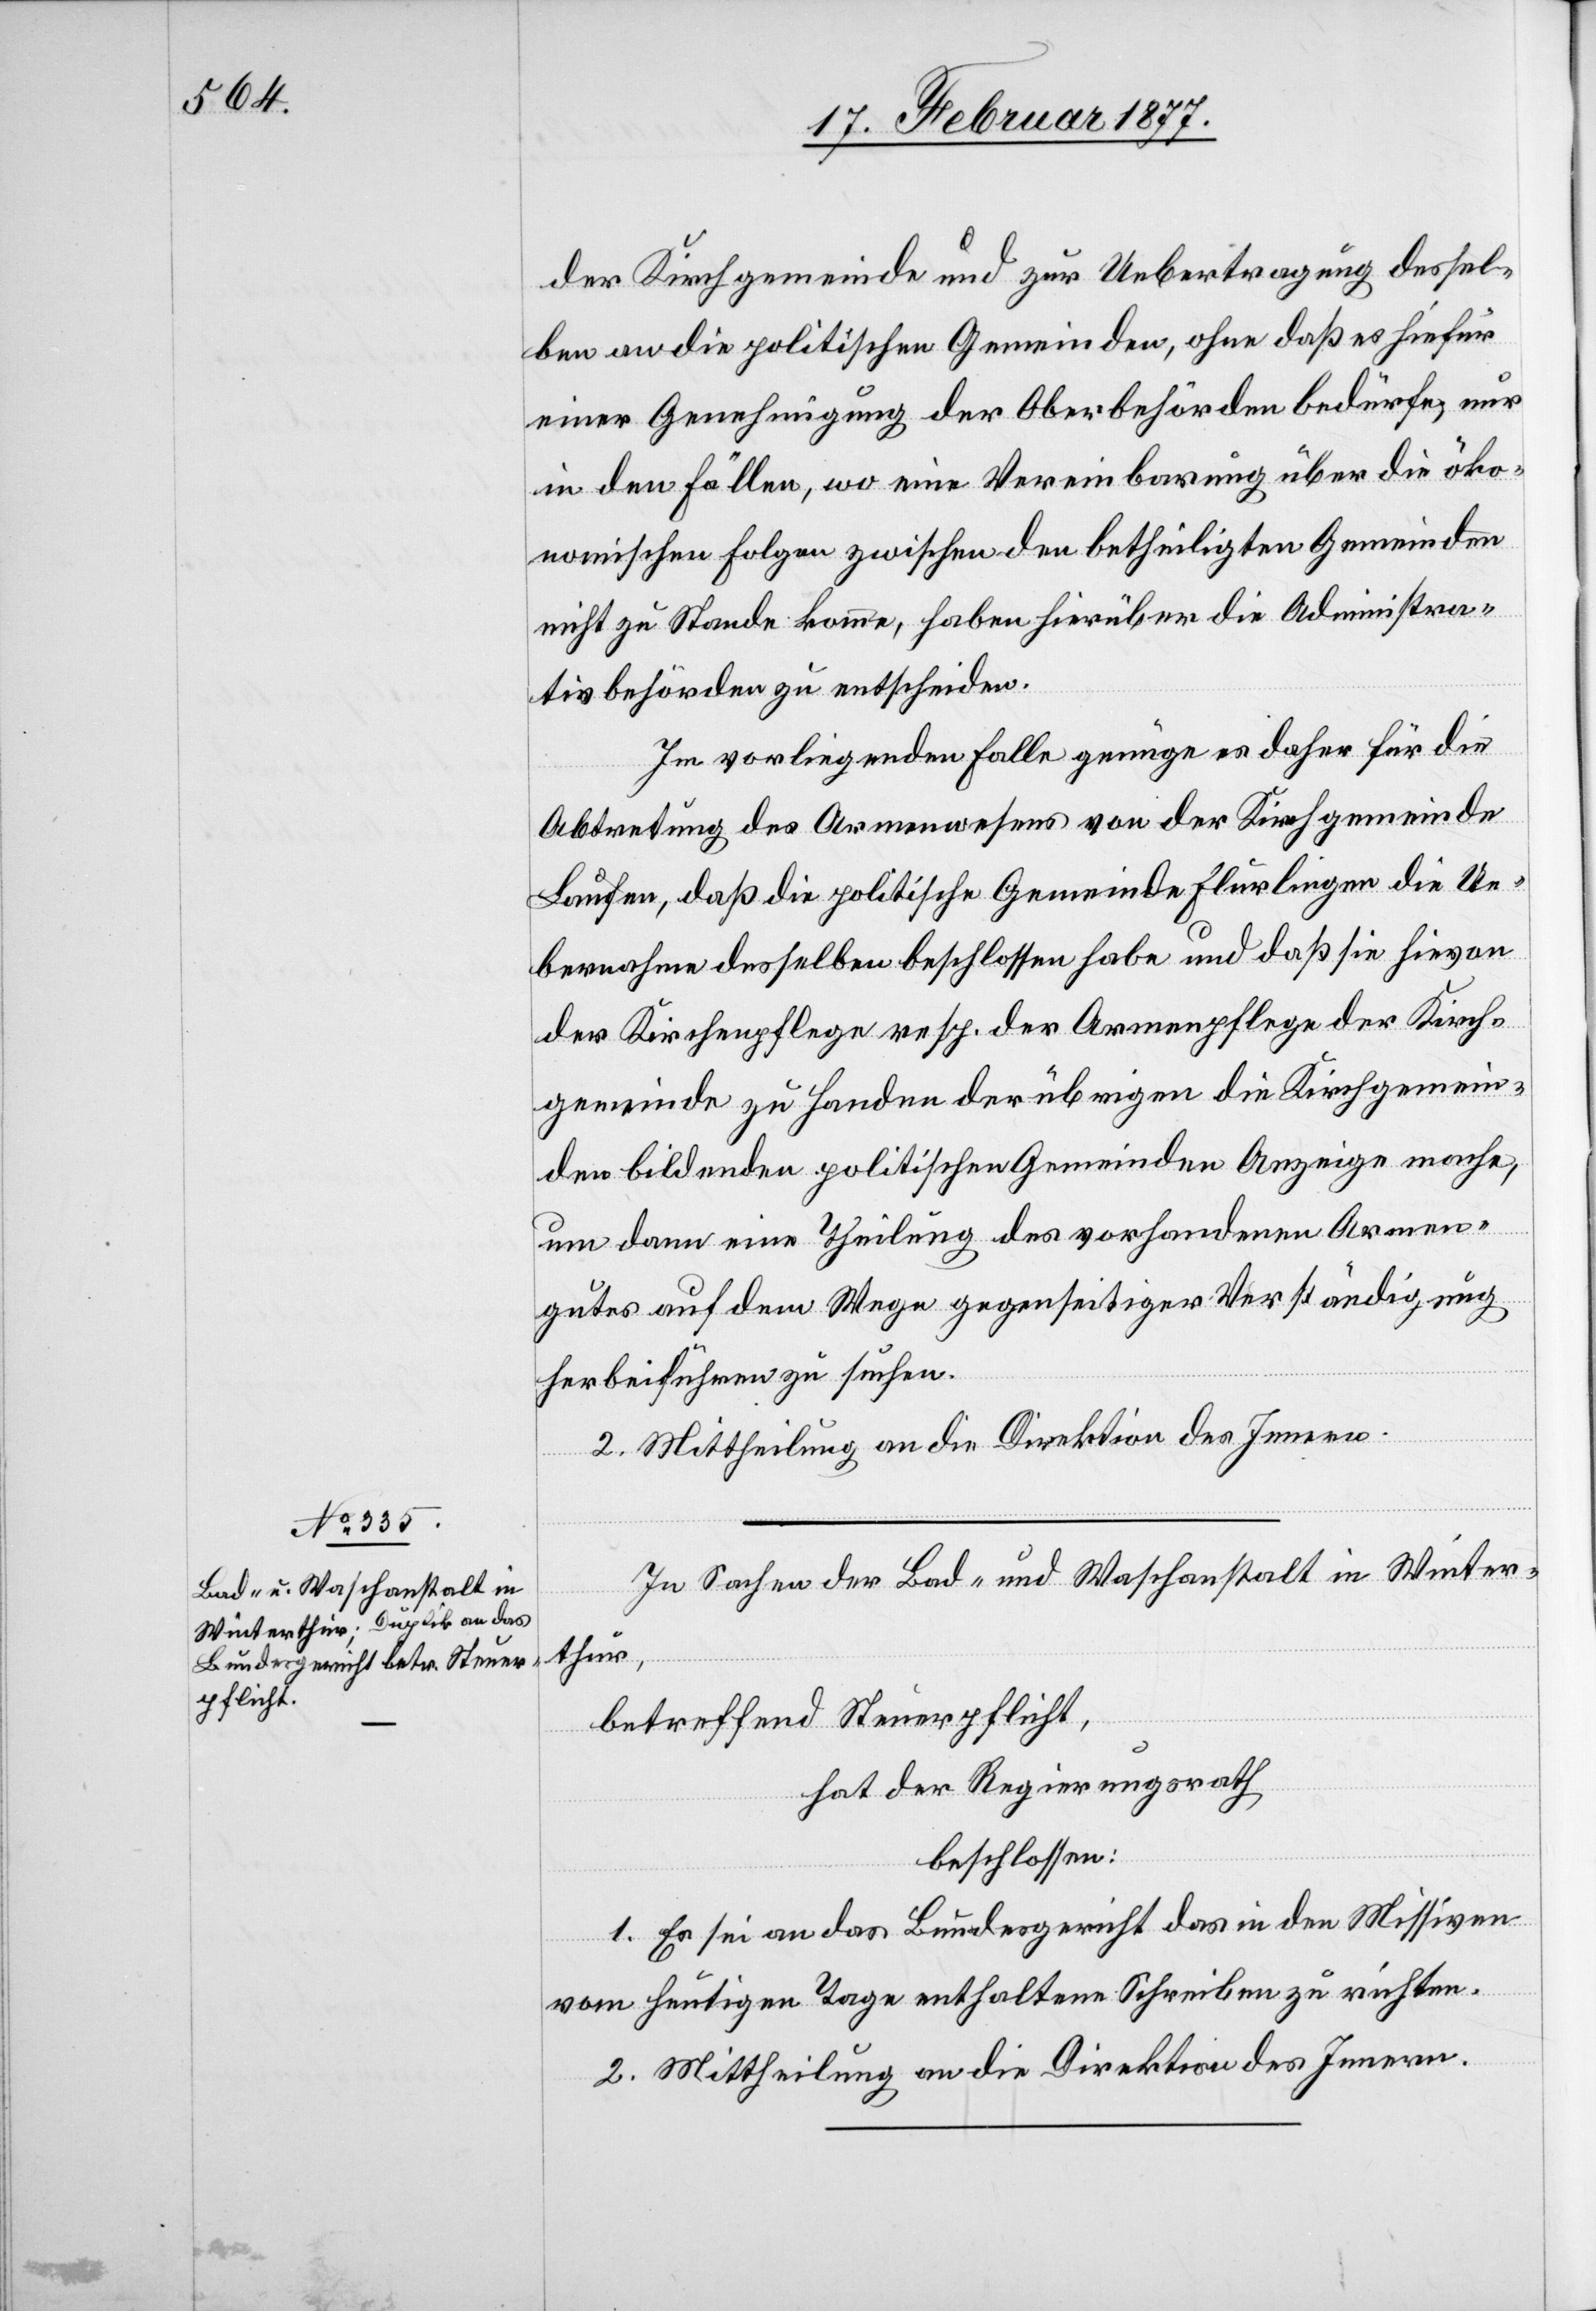
der Kirchgemeinde und zu Uebertragung dessel¬
ben an die politischen Gemeinden, ohne daß es hiefür
einer Genehmigung der Oberbehörden bedürfe, nur
in den Fällen, wo eine Vereinbarung über die öko¬
nomischen Folgen zwischen den betheiligten Gemeinden
nicht zu Stande komme, habe hierüber die Administra¬
tivbehörde zu entscheiden.
Im vorliegenden Falle genüge es daher für die
Abtretung des Armenwesens von der Kirchgemeinde
Laufen, daß die politische Gemeinde Flurlingen die Ue¬
bernahme desselben beschlossen habe und daß sie hievon
der Kirchenpflege resp. der Armenpflege der Kirch¬
gemeinde zu Handen der übrigen die Kirchgemein¬
de bildenden politischen Gemeinden Anzeige mache,
um dann eine Theilung des vorhandenen Armen¬
gutes auf dem Wege gegenseitiger Verständigung
herbeiführen zu suchen.
2. Mittheilung an die Direktion des Innern.
In Sachen der Bad- und Waschanstalt in Winter¬
thur,
betreffend Steuerpflicht,
hat der Regierungsrath
beschlossen:
1. Es sei an das Bundesgericht das in den Missiven
vom heutigen Tage enthaltene Schreiben zu richten.
2. Mittheilung an die Direktion des Innern.